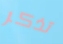
تذكر